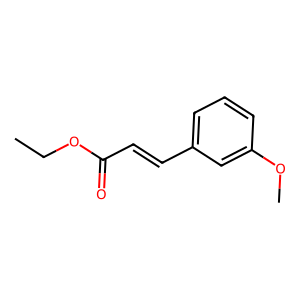
SMILES: CCOC(=O)C=Cc1cccc(OC)c1
Inhibits HIV replication: No